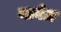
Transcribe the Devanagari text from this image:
नाबेज़